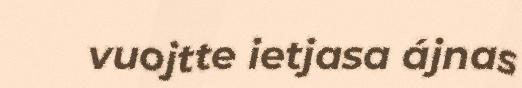
vuojtte ietjasa ájnas